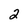
Character: 2